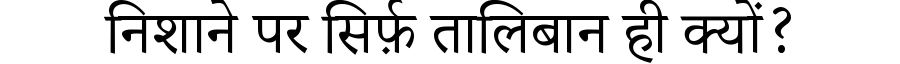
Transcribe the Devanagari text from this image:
निशाने पर सिर्फ़ तालिबान ही क्यों?